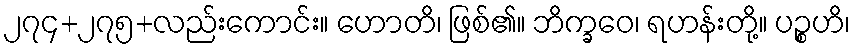
၂၇၄+၂၇၅+လည်းကောင်း။ ဟောတိ၊ ဖြစ်၏။ ဘိက္ခဝေ၊ ရဟန်းတို့။ ပဉ္စဟိ၊